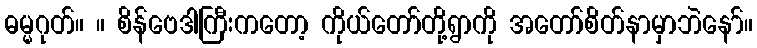
ဓမ္မဂုတ်။ ။ စိန်ဗေဒါကြီးကတော့ ကိုယ်တော်တို့ရွာကို အတော်စိတ်နာမှာဘဲနော်။